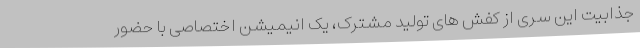
جذابیت این سری از کفش های تولید مشترک، یک انیمیشن اختصاصی با حضور